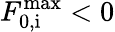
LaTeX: F_{\mathrm{0,i}}^{\mathrm{max}}<0